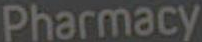
Pharmacy